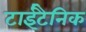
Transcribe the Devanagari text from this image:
टाईटैनिक